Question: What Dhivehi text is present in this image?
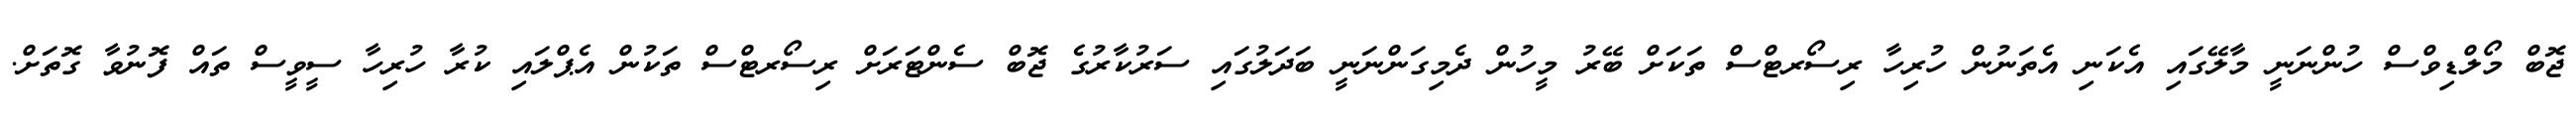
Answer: ޖޮބް މޯލްޑިވްސް ހުންނަނީ މާލޭގައި އެކަނި އެތަނުން ހުރިހާ ރިސޯރޓްސް ތަކަށް ބޭރު މީހުން ދެމިގަންނަނީ ބަދަލުގައި ސަރުކާރުގެ ޖޮބް ސެންޓަރަށް ރިސޯރޓްސް ތަކުން އެޕްލައި ކުރާ ހުރިހާ ސީވީސް ތައް ފޮނުވާ ގޮތަށް.